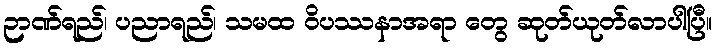
ဉာဏ်ရည်၊ ပညာရည်၊ သမထ ဝိပဿနာအရာ တွေ ဆုတ်ယုတ်လာပါပြီ။